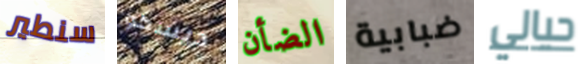
سنطير ديسكو الضأن ضبابية حيالي